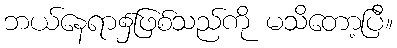
ဘယ်နေရာ၌ဖြစ်သည်ကို မသိတော့ပြီ။